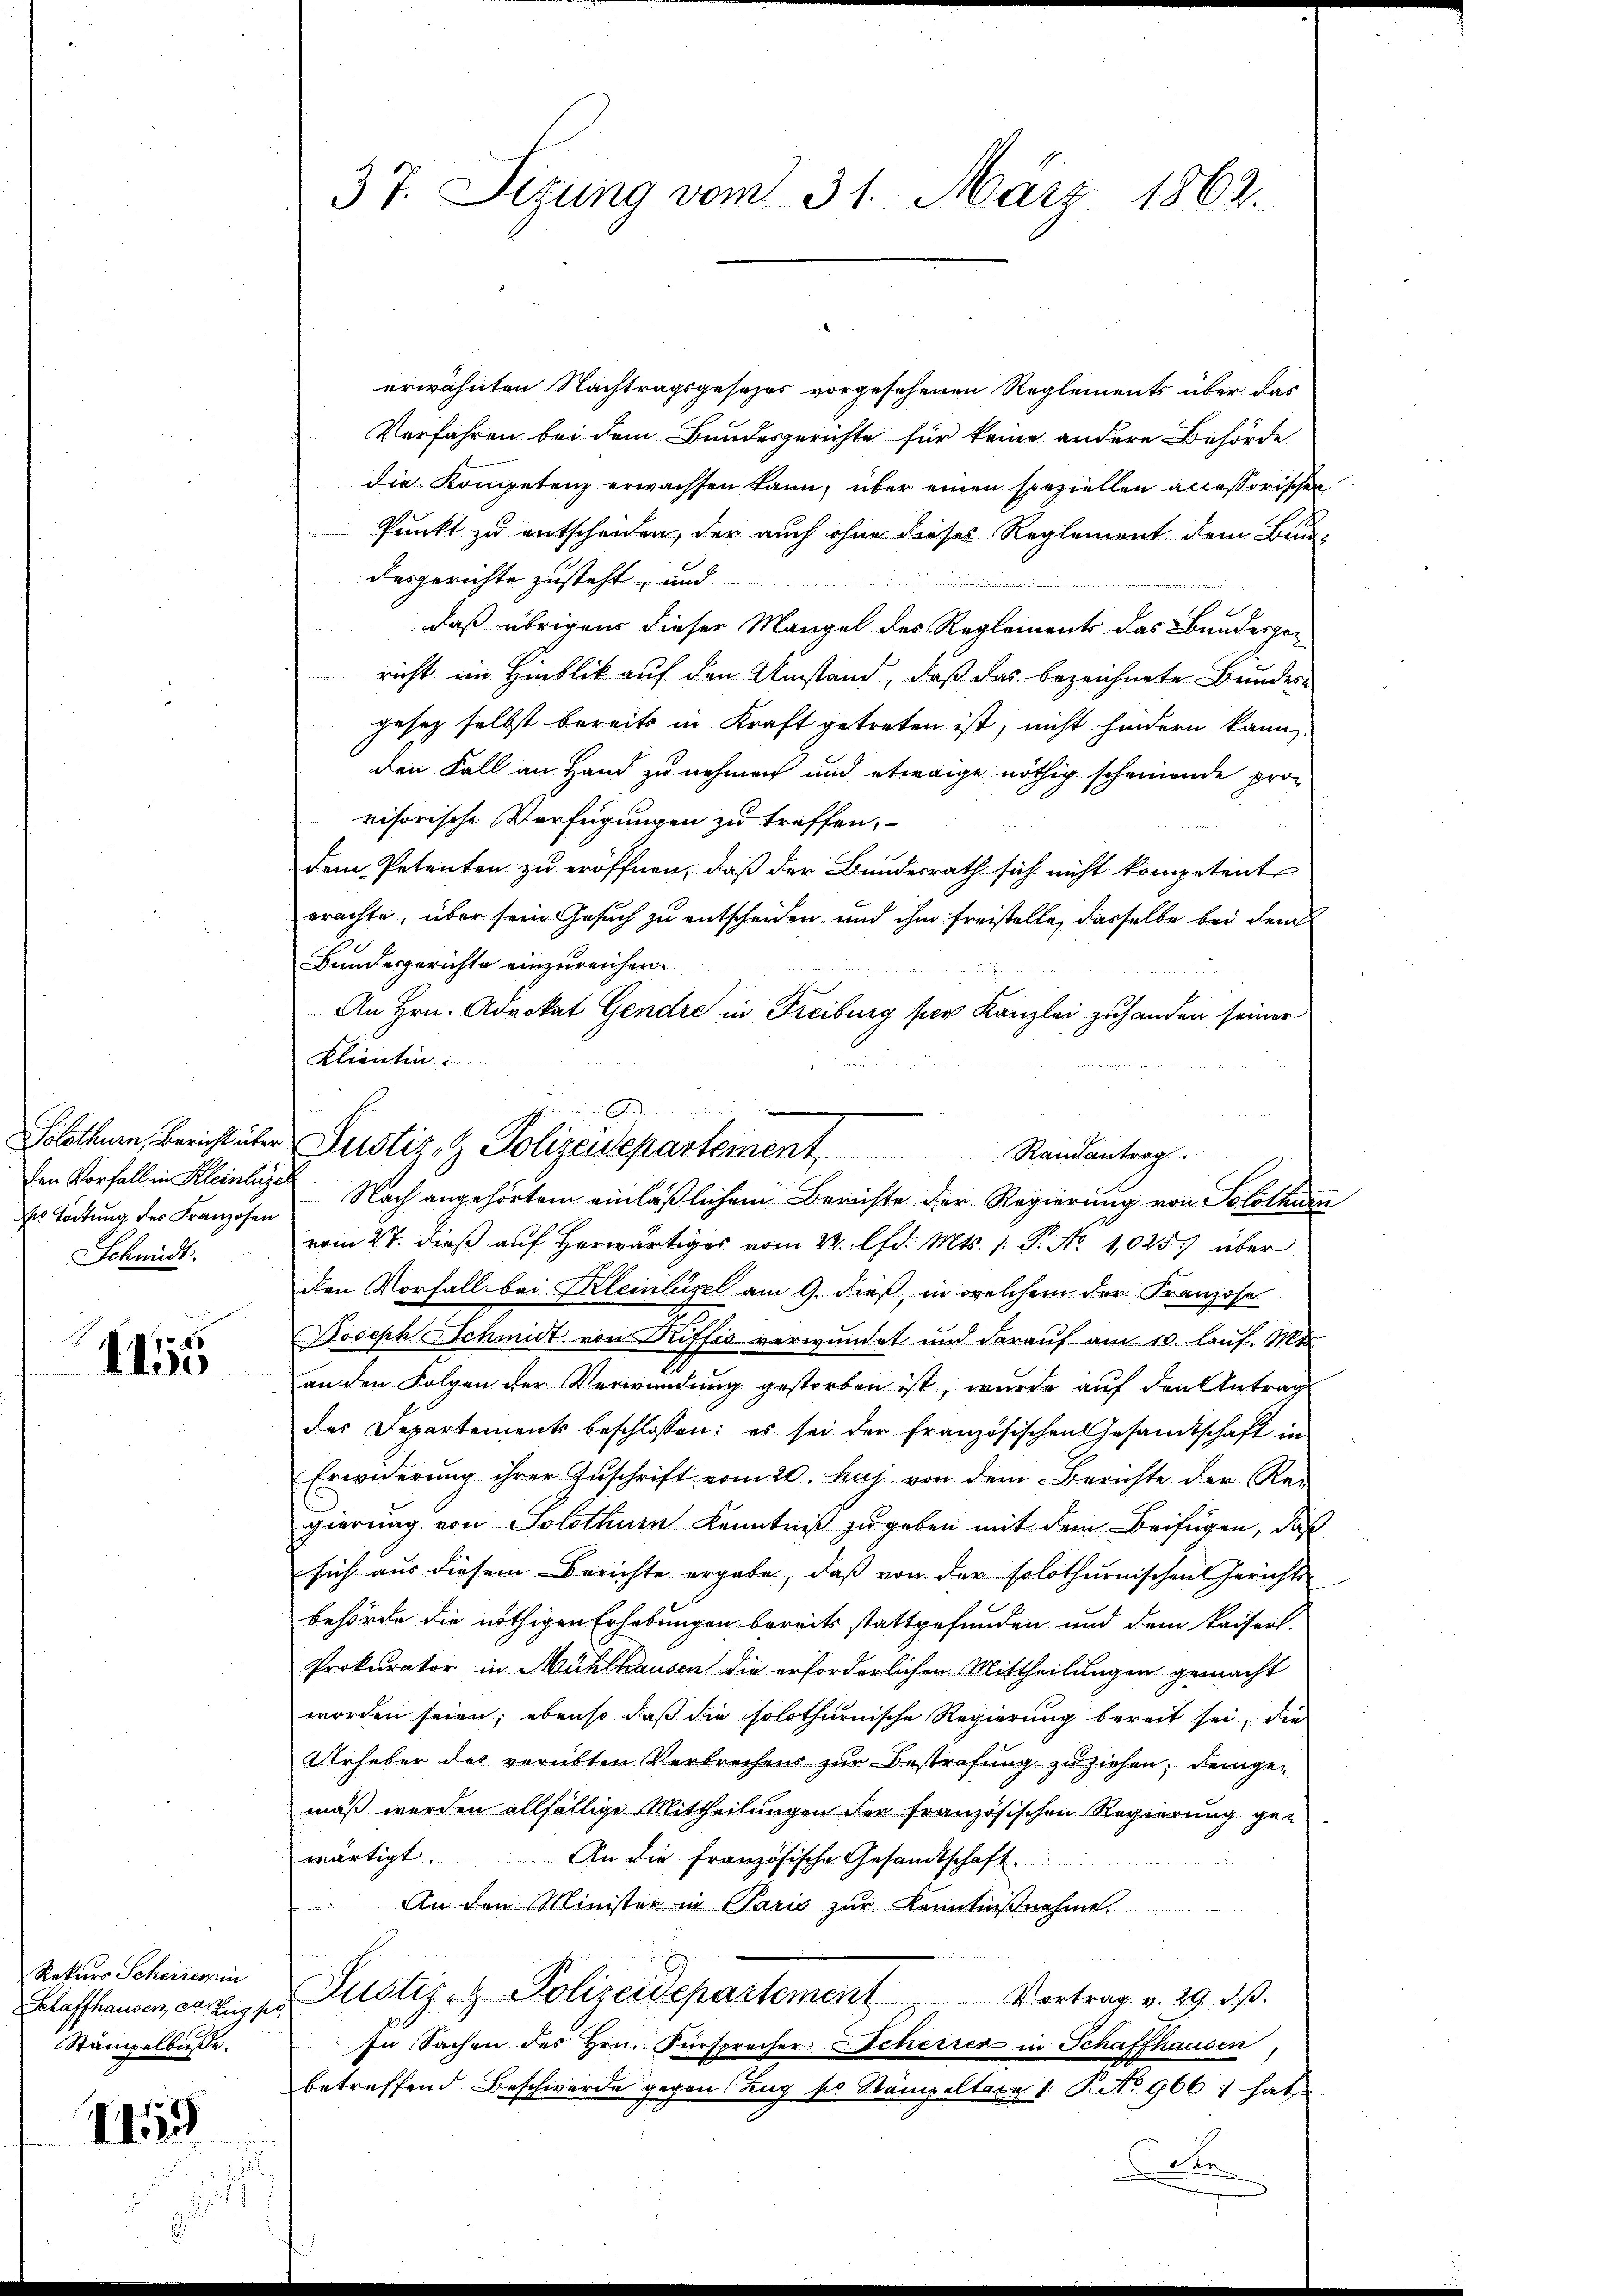
ds Tödtung des Franzosen
Schmidt.

II55

Rekurs Scheizerin
Schaffhausen da. Zug p
Stämpelbuße.

14

s

37. Sizung vom 31. März 1862.

erwähnten Nachtragsgesetzes vorgesehenen Reglements über das
Verfahren bei dem Bundesgerichte für keine andere Behörde
die Kompetenz erwachsen kann, über einen speziellen accessorischen
Punkt zu entscheiden, der auch ohne dieses Reglement dem Bun-
desgerichte zusteht, und
.
daß übrigens dieser Mangel des Reglements das Bundesgericht im Hinblick auf den Umstand, daß das bezeichnete Bundes-
gesetz selbst bereits in Kraft getreten ist, nicht hindern kann,
den Fall an Hand zu nehmen und etwaige nöthig scheinende provisorische Verfügungen zu treffen,
dem Petenten zu eröffnen, daß der Bundesrath sich nicht kompetent
erachte, über sein Gesuch zu entscheiden und ihm freistelle, dasselbe bei dem
Bundesgerichte einzureichen.
An Hrn. Advokat Gendre in Freiburg per Kanzlei zuhanden seiner
Klientin
den Vorfall in Kleinheise Nach angehörtem einläßlichen Berichte der Regierung von Solothurn
vom 27. dieß auf herwärtiges vom 22. d. Mts. 1. P. No 1025.) über
den Vorfall bei Kleinlegel am 9. dieß, in welchem der Franzose
Joseph Schmidt von Riffis verwundet und darauf am 10. lauf. Mts.
an den Folgen der Verwendung gestorben ist, wurde auf den Antrag
des Departements beschlossen: es sei der französischen Gesamtschaft in
Erwiderŭng ihrer Zŭschrift vom 20. huj. von dem Berichte der Rei
gierung von Solothurn Kenntniß zu geben mit dem Beifügen, daß
sich aus diesem Berichte ergabe, daß von der solothurnischen Gerichts
behörde die nöthigen Erhebungen bereits stattgefunden und dem Kaiserl.
Prokurator in Mühlhausen die erforderlichen Mittheilungen gemacht
worden seien; ebenso daß die solothurnische Regierung bereit sei, die
Urhaber des verübten Verbrechens zur Bestrafung zuziehen, demge-
maß werden allfällige Mittheilungen der französischen Regierung gewärtigt.
An die französische Gesandtschaft.
An den Minister in Paris zur Kenntnißnahme.
Justiz- & Polizeidepartement Vortrag v. 29. ds.
In Sachen des Hrn. Fürsprecher Scherren in Schaffhausen,
betreffend Beschwerde gegen Zug pr. Stämpeltaxe 1: P. No 9661 hab
Sete
.

Solothurn, Bericht über Justiz & Polizeidepartement Randantrag.